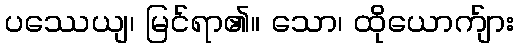
ပဿေယျ၊ မြင်ရာ၏။ သော၊ ထိုယောက်ျား